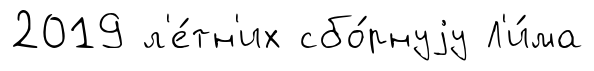
2019 л'е́тн'их сбо́рнуjу Л'и́ма